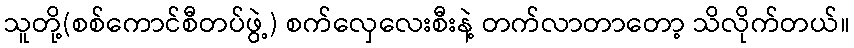
သူတို့(စစ်ကောင်စီတပ်ဖွဲ့) စက်လှေလေးစီးနဲ့ တက်လာတာတော့ သိလိုက်တယ်။